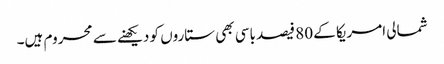
شمالی امریکا کے 80 فیصد باسی بھی ستاروں کو دیکھنے سے محروم ہیں۔